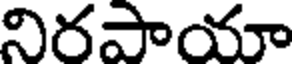
నిరపాయా